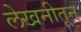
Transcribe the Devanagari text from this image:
लेखनीतून